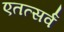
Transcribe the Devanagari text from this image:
एतत्सर्वं